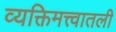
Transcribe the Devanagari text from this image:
व्यक्तिमत्त्वातली